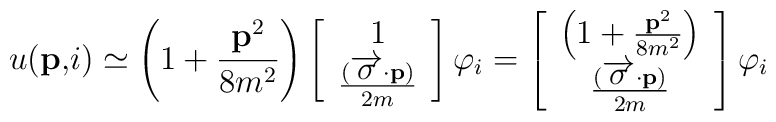
u(\mathbf{p,}i)\simeq \left( 1+\frac{\mathbf{p}^{2}}{8m^{2}}\right) \left[ \begin{array}{c}1 \\ \frac{(\overrightarrow{\mathbf{\sigma }}\mathbf{\cdot p})}{2m}\end{array}\right] \varphi _{i}=\left[ \begin{array}{c}\left( 1+\frac{\mathbf{p}^{2}}{8m^{2}}\right) \\ \frac{(\overrightarrow{\mathbf{\sigma }}\mathbf{\cdot p})}{2m}\end{array}\right] \varphi _{i}